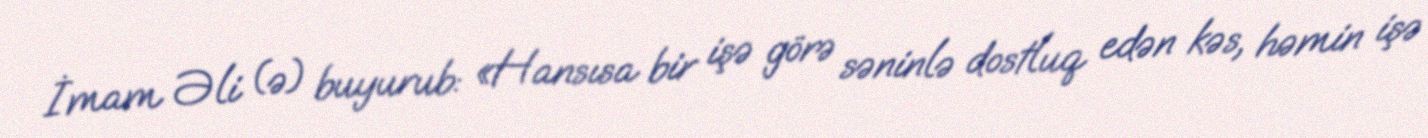
İmam Əli (ə) buyurub: «Hansısa bir işə görə səninlə dostluq edən kəs, həmin işə